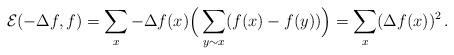
LaTeX: \begin{align*}\mathcal{E}(-\Delta f, f) = \sum_x -\Delta f(x) \Big(\sum_{y\sim x} (f(x)-f(y))\Big) = \sum_x (\Delta f(x))^2\,.\end{align*}